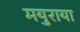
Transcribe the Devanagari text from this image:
मयुराया